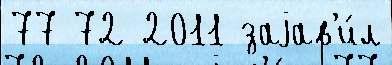
77 72 2011 заjав'и́л